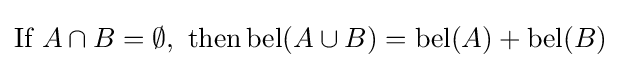
{\text{If }}A\cap B=\emptyset ,{\text{ then}}\operatorname {bel} (A\cup B)=\operatorname {bel} (A)+\operatorname {bel} (B)